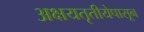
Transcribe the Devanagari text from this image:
अक्षयतृतीयेपासून